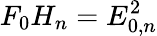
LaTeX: F_{0}H_{n}=E_{0,n}^{2}